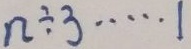
n \div 3 \cdots 1